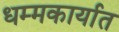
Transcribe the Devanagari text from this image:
धम्मकार्यात